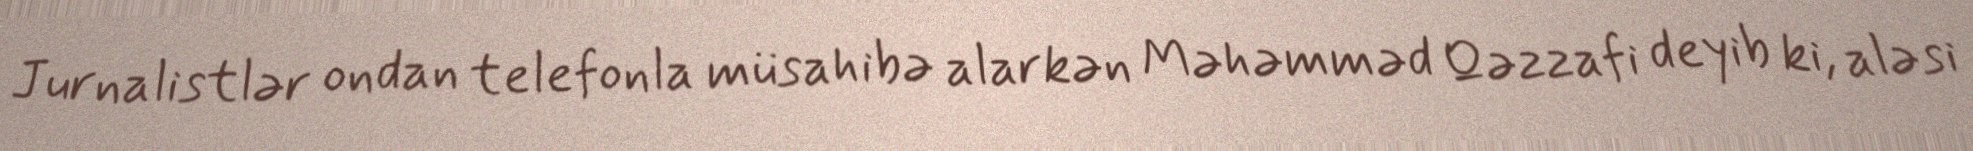
Jurnalistlər ondan telefonla müsahibə alarkən Məhəmməd Qəzzafi deyib ki, aləsi